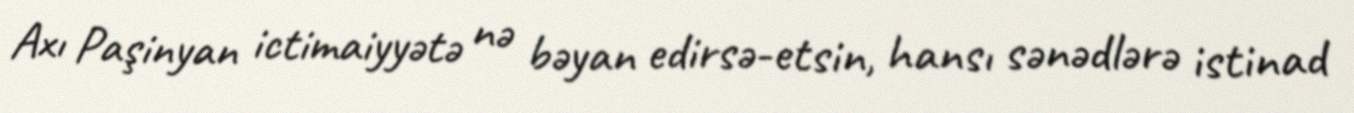
Axı Paşinyan ictimaiyyətə nə bəyan edirsə-etsin, hansı sənədlərə istinad